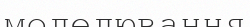
моделювання